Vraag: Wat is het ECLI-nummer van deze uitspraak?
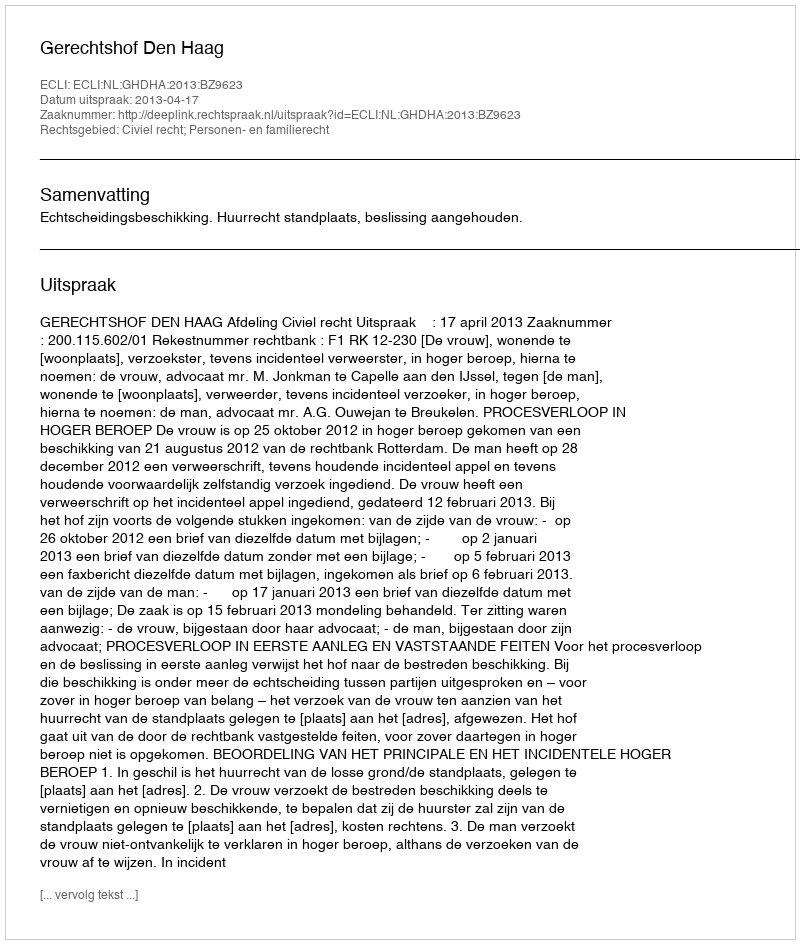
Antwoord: ECLI:NL:GHDHA:2013:BZ9623